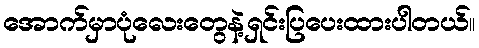
အောက်မှာပုံလေးတွေနဲ့ရှင်းပြပေးထားပါတယ်။